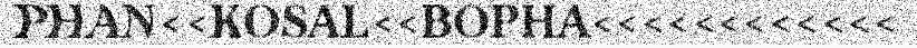
PHAN<<KOSAL<<BOPHA<<<<<<<<<<<<